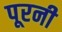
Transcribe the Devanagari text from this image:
पूरनी